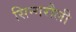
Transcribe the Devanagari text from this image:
सिन्गरौली